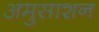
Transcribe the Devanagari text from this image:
अमुसाशन